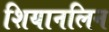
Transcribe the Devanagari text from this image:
शियानलिन